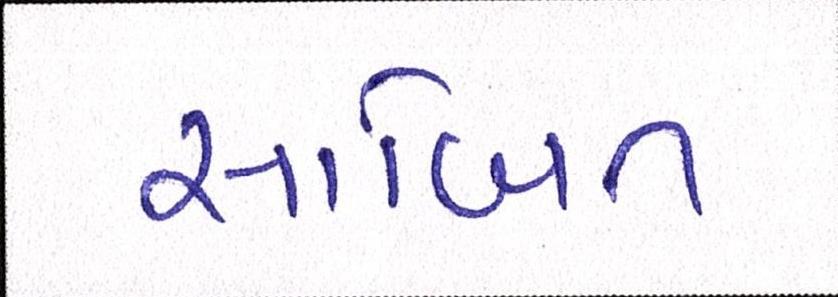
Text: સાબિત